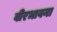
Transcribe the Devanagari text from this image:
वीरभावना